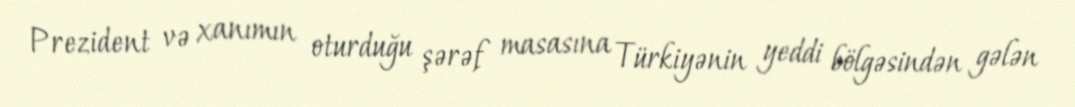
Prezident və xanımın oturduğu şərəf masasına Türkiyənin yeddi bölgəsindən gələn